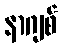
နာဂျစ်